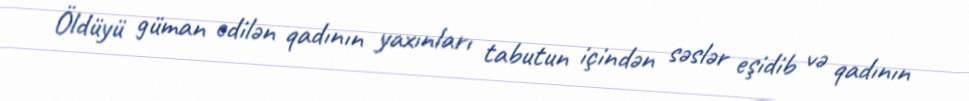
Öldüyü güman edilən qadının yaxınları tabutun içindən səslər eşidib və qadının